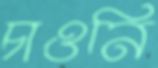
চাওনি